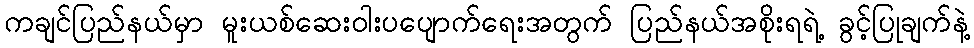
ကချင်ပြည်နယ်မှာ မူးယစ်ဆေးဝါးပပျောက်ရေးအတွက် ပြည်နယ်အစိုးရရဲ့ ခွင့်ပြုချက်နဲ့